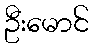
ဦးမောင်